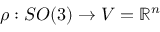
\rho : S O ( 3 ) \rightarrow V = \mathbb { R } ^ { n }